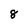
Character: 8